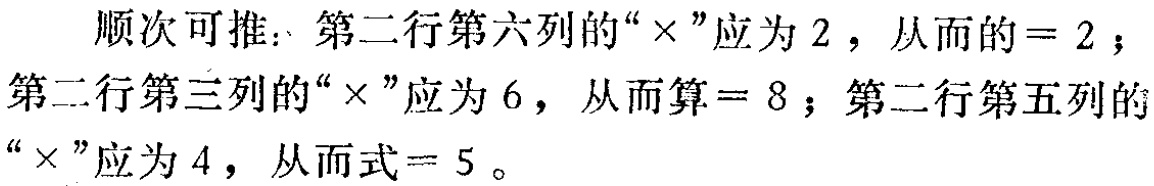
顺次可推：第二行第六列的“$\times$”应为$2$，从而的$ = 2$；第二行第三列的“$\times$”应为$6$，从而算$ = 8$；第二行第五列的“$\times$”应为$4$，从而式$ = 5$。